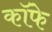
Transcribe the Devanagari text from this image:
कॉफे